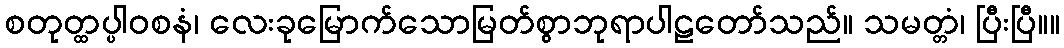
စတုတ္ထပ္ပါဝစနံ၊ လေးခုမြောက်သောမြတ်စွာဘုရာပါဠတော်သည်။ သမတ္တံ၊ ပြီးပြီ။။